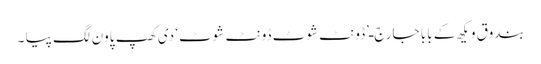
بندوق ویکھ کے بابا جارج ـ’ڈونٹ شوٹ ڈونٹ شوٹ‘ دی کھپ پاون لگ پیا ۔